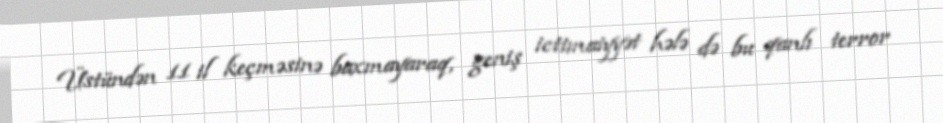
Üstündən 11 il keçməsinə baxmayaraq, geniş ictimaiyyət hələ də bu qanlı terror